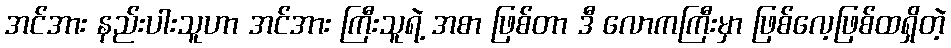
အင်အား နည်းပါးသူဟာ အင်အား ကြီးသူရဲ့ အစာ ဖြစ်တာ ဒီ လောကကြီးမှာ ဖြစ်လေ့ဖြစ်ထရှိတဲ့